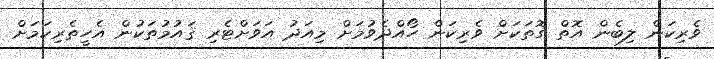
ވެރިކަން ލިބެން އޮތް ގޮތަކަށް ވެރިކަން ހޯއްދެވުމަށް މިއަދު އަވަށްޓެރި ޤައުމުތަކުން އެހީތެރިކަމަށް